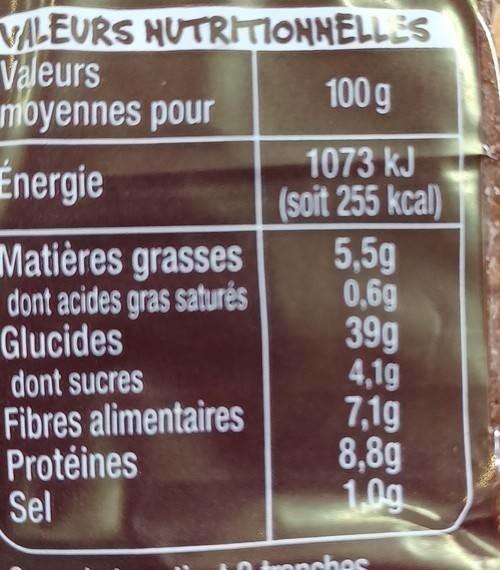
VALEURS NUTRITIONNELLES
Valeurs
moyennes pour
Énergie
Matières grasses dont acides gras saturés
Glucides
dont sucres
Fibres alimentaires
Protéines Sel
100 g
1073 kJ
(soit 255 kcal)
5,5g
0,6g
39g
4,19
7,1g
8,8g 1.00
tronches